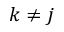
k \neq j